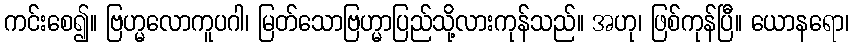
ကင်းစေ၍။ ဗြဟ္မလောကူပဂါ၊ မြတ်သောဗြဟ္မာပြည်သို့လားကုန်သည်။ အဟု၊ ဖြစ်ကုန်ပြီ။ ယောနရော၊